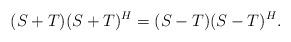
LaTeX: \begin{align*} (S+T)(S+T)^H = (S-T)(S-T)^H.\end{align*}